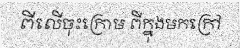
ពីលើចុះក្រោម ពីក្នុងមកក្រៅ